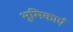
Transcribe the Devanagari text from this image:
भुमिकाएँ